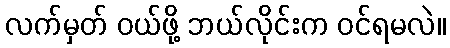
လက်မှတ် ဝယ်ဖို့ ဘယ်လိုင်းက ဝင်ရမလဲ။